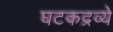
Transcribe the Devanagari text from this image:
घटकद्रव्ये